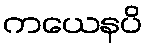
ကယေနပိ